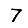
Digit: 7